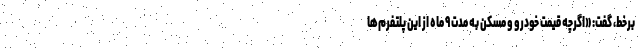
برخط، گفت: «اگرچه قیمت خودرو و مسکن به مدت ۹ ماه از این پلتفرم‌ها